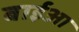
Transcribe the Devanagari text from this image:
बाईआ